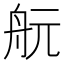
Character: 𦨞